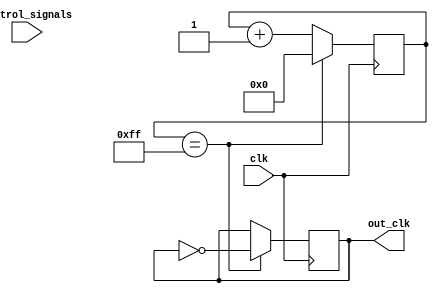
module fractional_clock_divider (
    input wire clk,
    input wire [7:0] control_signals,
    output reg out_clk
);

// Synchronization block
reg [7:0] sync_counter;

always @(posedge clk) begin
    if (sync_counter == 8'b11111111) begin
        sync_counter <= 8'b00000000;
        out_clk <= ~out_clk;
    end else begin
        sync_counter <= sync_counter + 1;
    end
end

// Fractional clock divider block
reg [15:0] divider;
reg [15:0] count;

always @(posedge clk) begin
    if (count == divider) begin
        count <= 16'b0;
    end else begin
        count <= count + 1;
    end
end

always @(posedge clk) begin
    divider <= {control_signals, 8'b00000000};
end

endmodule